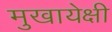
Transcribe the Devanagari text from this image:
मुखायेक्षी